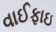
વાઈફાઇ